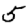
Digit: 5